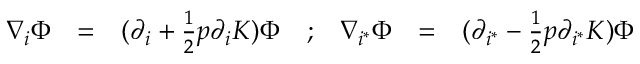
\begin{array} { c c c c c c c } { { \nabla _ { i } \Phi } } & { { = } } & { { ( \partial _ { i } + { \frac { 1 } { 2 } } p \partial _ { i } { \cal K } ) \Phi } } & { { ; } } & { { \nabla _ { i ^ { * } } \Phi } } & { { = } } & { { ( \partial _ { i ^ { * } } - { \frac { 1 } { 2 } } p \partial _ { i ^ { * } } { \cal K } ) \Phi } } \end{array}